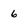
Character: 6